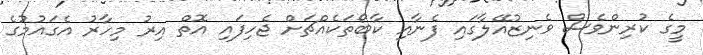
މީގެ ކުރިންވެސް ވެނިޒުއޭލާގައި ފެނާއި ކާބޯތަކެއްޗަށް ޖެހިފައި އޮތް އިރު މިހާރު އެގައުމުގެ